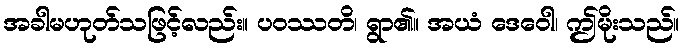
အခါမဟုတ်သဖြင့်လည်း။ ပဝဿတိ၊ ရွာ၏။ အယံ ဒေဝေါ၊ ဤမိုးသည်။